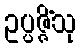
ဥပ္ပဇ္ဇိံသု